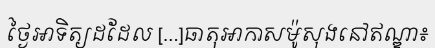
ថ្ងៃអាទិត្យដដែល [...]ធាតុអាកាសម៉ូសុងនៅឥណ្ឌា៖